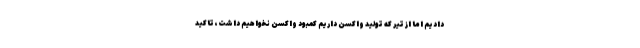
دادیم اما از تیر که تولید واکسن داریم کمبود واکسن نخواهیم داشت، تاکید